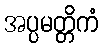
အပ္ပမတ္တိကံ